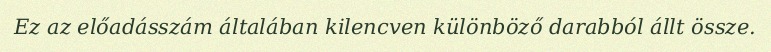
Ez az előadásszám általában kilencven különböző darabból állt össze.